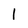
Character: 1